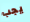
يجب